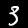
Label: 3